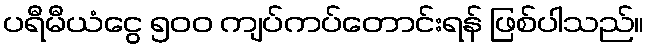
ပရီမီယံငွေ ၅၀၀ ကျပ်ကပ်တောင်းရန် ဖြစ်ပါသည်။